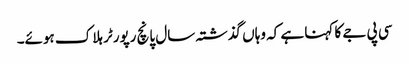
سی پی جے کا کہنا ہے کہ وہاں گذشتہ سال پانچ رپورٹر ہلاک ہوئے۔